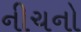
નીચનો